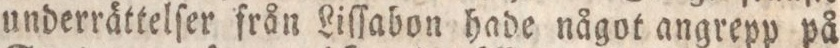
underrättelſer från Liſſabon hade något angrepp på